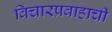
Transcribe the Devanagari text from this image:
विचारप्रवाहाची